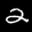
Label: 2